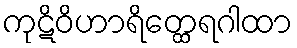
ကုဋိဝိဟာရိတ္ထေရဂါထာ